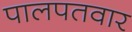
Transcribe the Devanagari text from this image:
पालपतवार